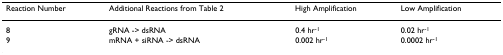
<table><thead><tr><td><b>Reaction Number</b></td><td><b>Additional Reactions from Table 2</b></td><td><b>High Amplification</b></td><td><b>Low Amplification</b></td></tr></thead><tbody><tr><td>8</td><td>gRNA -&gt; dsRNA</td><td>0.4 hr<sup>-1</sup></td><td>0.02 hr<sup>-1</sup></td></tr><tr><td>9</td><td>mRNA + siRNA -&gt; dsRNA</td><td>0.002 hr<sup>-1</sup></td><td>0.0002 hr<sup>-1</sup></td></tr></tbody></table>